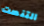
التنصت